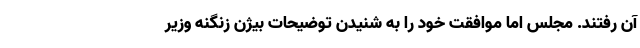
آن رفتند. مجلس اما موافقت خود را به شنیدن توضیحات بیژن زنگنه وزیر